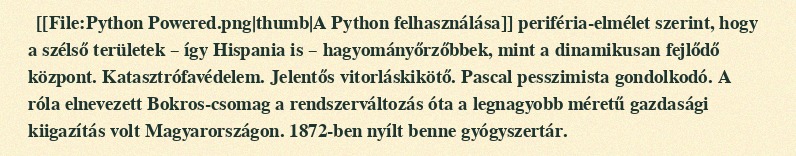
[[File:Python Powered.png|thumb|A Python felhasználása]] periféria-elmélet szerint, hogy a szélső területek – így Hispania is – hagyományőrzőbbek, mint a dinamikusan fejlődő központ. Katasztrófavédelem. Jelentős vitorláskikötő. Pascal pesszimista gondolkodó. A róla elnevezett Bokros-csomag a rendszerváltozás óta a legnagyobb méretű gazdasági kiigazítás volt Magyarországon. 1872-ben nyílt benne gyógyszertár.